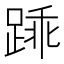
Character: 𫏓